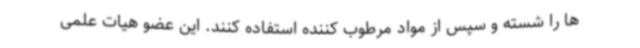
‌ها را شسته و سپس از مواد مرطوب کننده استفاده کنند. این عضو هیات علمی